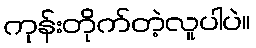
ကုန်းတိုက်တဲ့လူပါပဲ။